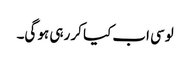
لوسی اب کیا کر رہی ہو گی۔